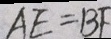
A E = B F